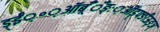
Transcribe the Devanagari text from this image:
ड़्ईं़॰़ऑब़्ँँँङ्ः़ऑड़्फ्ङीऊङ्ञ्